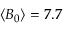
\langle B _ { 0 } \rangle = 7 . 7